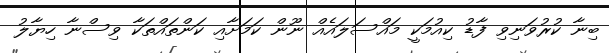
ބިނާ ކުރުވަނިވި ފާޑު ކިއުމަކީ މައްސަލައެއް ނޫން ކަމަށާއި ކަންތައްތަކާ ވިސްނާ ހިޔާލު